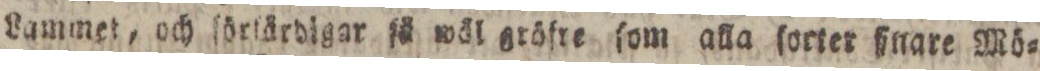
Lammet, och ſörlärdigar få wäl gröfre ſom akla ſorter ßnare Mö=